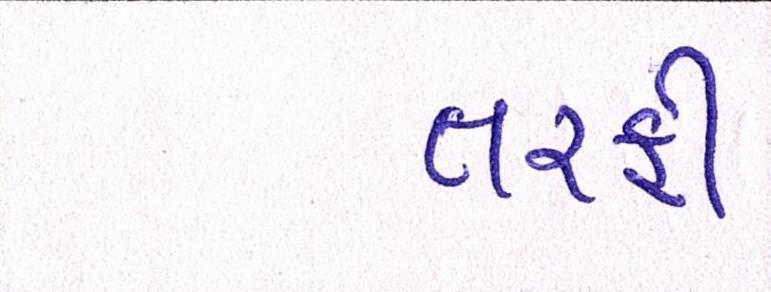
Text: તરફી